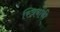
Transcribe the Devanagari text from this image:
स्त्रियोंकी